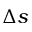
\Delta s